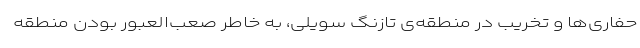
حفاری‌ها و تخریب در منطقه‌ی تازنگ سویلی، به خاطر صعب‌العبور بودن منطقه